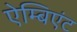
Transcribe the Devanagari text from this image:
ऐम्बिएंट